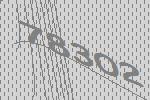
78302